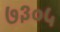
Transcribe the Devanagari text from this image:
७३०५